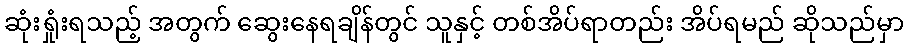
ဆုံးရှုံးရသည့် အတွက် ဆွေးနေရချိန်တွင် သူနှင့် တစ်အိပ်ရာတည်း အိပ်ရမည် ဆိုသည်မှာ